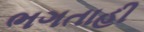
ભગતાહી